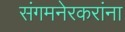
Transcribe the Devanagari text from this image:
संगमनेरकरांना